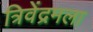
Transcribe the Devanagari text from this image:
त्रिवेंद्रमला